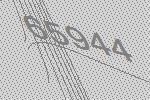
65944